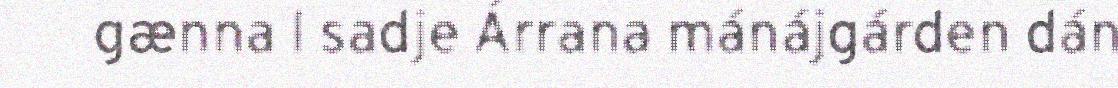
gænna l sadje Árrana mánájgárden dán